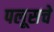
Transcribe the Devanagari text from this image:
पलूसचे